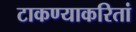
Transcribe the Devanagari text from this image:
टाकण्याकरितां